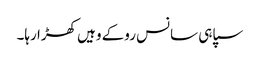
سپاہی سانس روکے وہیں کھڑا رہا۔